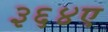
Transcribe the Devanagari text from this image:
३६४ए